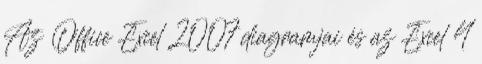
Az Office Excel 2007 diagramjai és az Excel 4